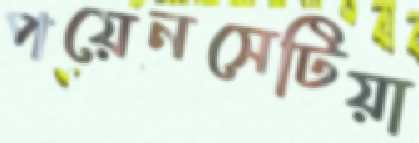
পয়েনসেটিয়া